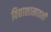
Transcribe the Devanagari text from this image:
विद्याशाखातली